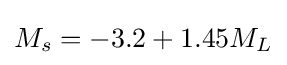
M_{s}=-3.2+1.45M_{L}